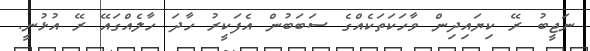
ނަޖީބު ރޭ ކިޔައިދިން ވާހަކަތަކެއްގެ ސަބަބުން އެފަކީރު ހާދަ ހާލެއްގައޭ ރޭ އުޅުނީ.